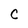
Character: C